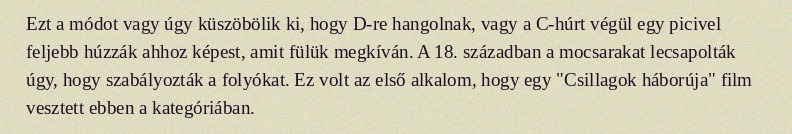
Ezt a módot vagy úgy küszöbölik ki, hogy D-re hangolnak, vagy a C-húrt végül egy picivel feljebb húzzák ahhoz képest, amit fülük megkíván. A 18. században a mocsarakat lecsapolták úgy, hogy szabályozták a folyókat. Ez volt az első alkalom, hogy egy "Csillagok háborúja" film vesztett ebben a kategóriában.